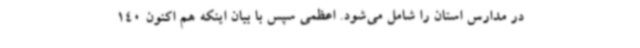
در مدارس استان را شامل می‌شود. اعظمی سپس با بیان اینکه هم اکنون 140